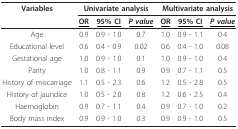
<table><thead><tr><td><b>Variables</b></td><td colspan="3"><b>Univariate analysis</b></td><td colspan="3"><b>Multivariate analysis</b></td></tr><tr><td></td><td><b><underline>OR</underline></b></td><td><b><underline>95% CI</underline></b></td><td><b><i><underline>P value</underline></i></b></td><td><b><underline>OR</underline></b></td><td><b><underline>95% CI</underline></b></td><td><b><i><underline>P value</underline></i></b></td></tr></thead><tbody><tr><td>Age</td><td>0.9</td><td>0.9 - 1.0</td><td>0.7</td><td>1.0</td><td>0.9 - 1.1</td><td>0.4</td></tr><tr><td>Educational level</td><td>0.6</td><td>0.4 - 0.9</td><td>0.02</td><td>0.6</td><td>0.4 - 1.0</td><td>0.08</td></tr><tr><td>Gestational age</td><td>1.0</td><td>0.9 - 1.0</td><td>0.1</td><td>1.0</td><td>0.9 - 1.0</td><td>0.4</td></tr><tr><td>Parity</td><td>1.0</td><td>0.8 - 1.1</td><td>0.9</td><td>0.9</td><td>0.7 - 1.1</td><td>0.5</td></tr><tr><td>History of miscarriage</td><td>1.1</td><td>0.5 - 2.3</td><td>0.6</td><td>1.2</td><td>0.5 - 2.8</td><td>0.5</td></tr><tr><td>History of jaundice</td><td>1.0</td><td>0.5 - 2.0</td><td>0.8</td><td>1.2</td><td>0.6 - 2.5</td><td>0.4</td></tr><tr><td>Haemoglobin</td><td>0.9</td><td>0.7 - 1.1</td><td>0.4</td><td>0.9</td><td>0.7 - 1.0</td><td>0.2</td></tr><tr><td>Body mass index</td><td>0.9</td><td>0.9 - 1.0</td><td>0.3</td><td>0.9</td><td>0.9 - 1.0</td><td>0.5</td></tr></tbody></table>